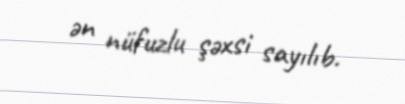
ən nüfuzlu şəxsi sayılıb.